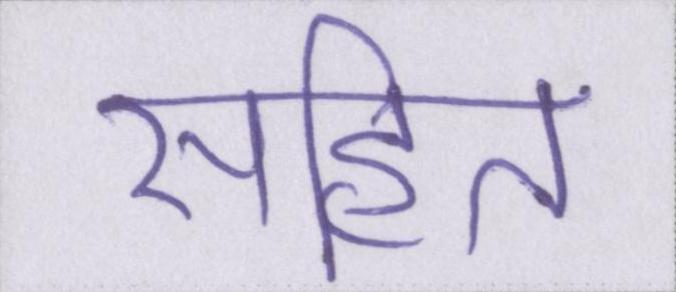
सहित